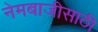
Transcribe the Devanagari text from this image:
नेमबाजीसाठी